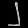
Digit: ၂